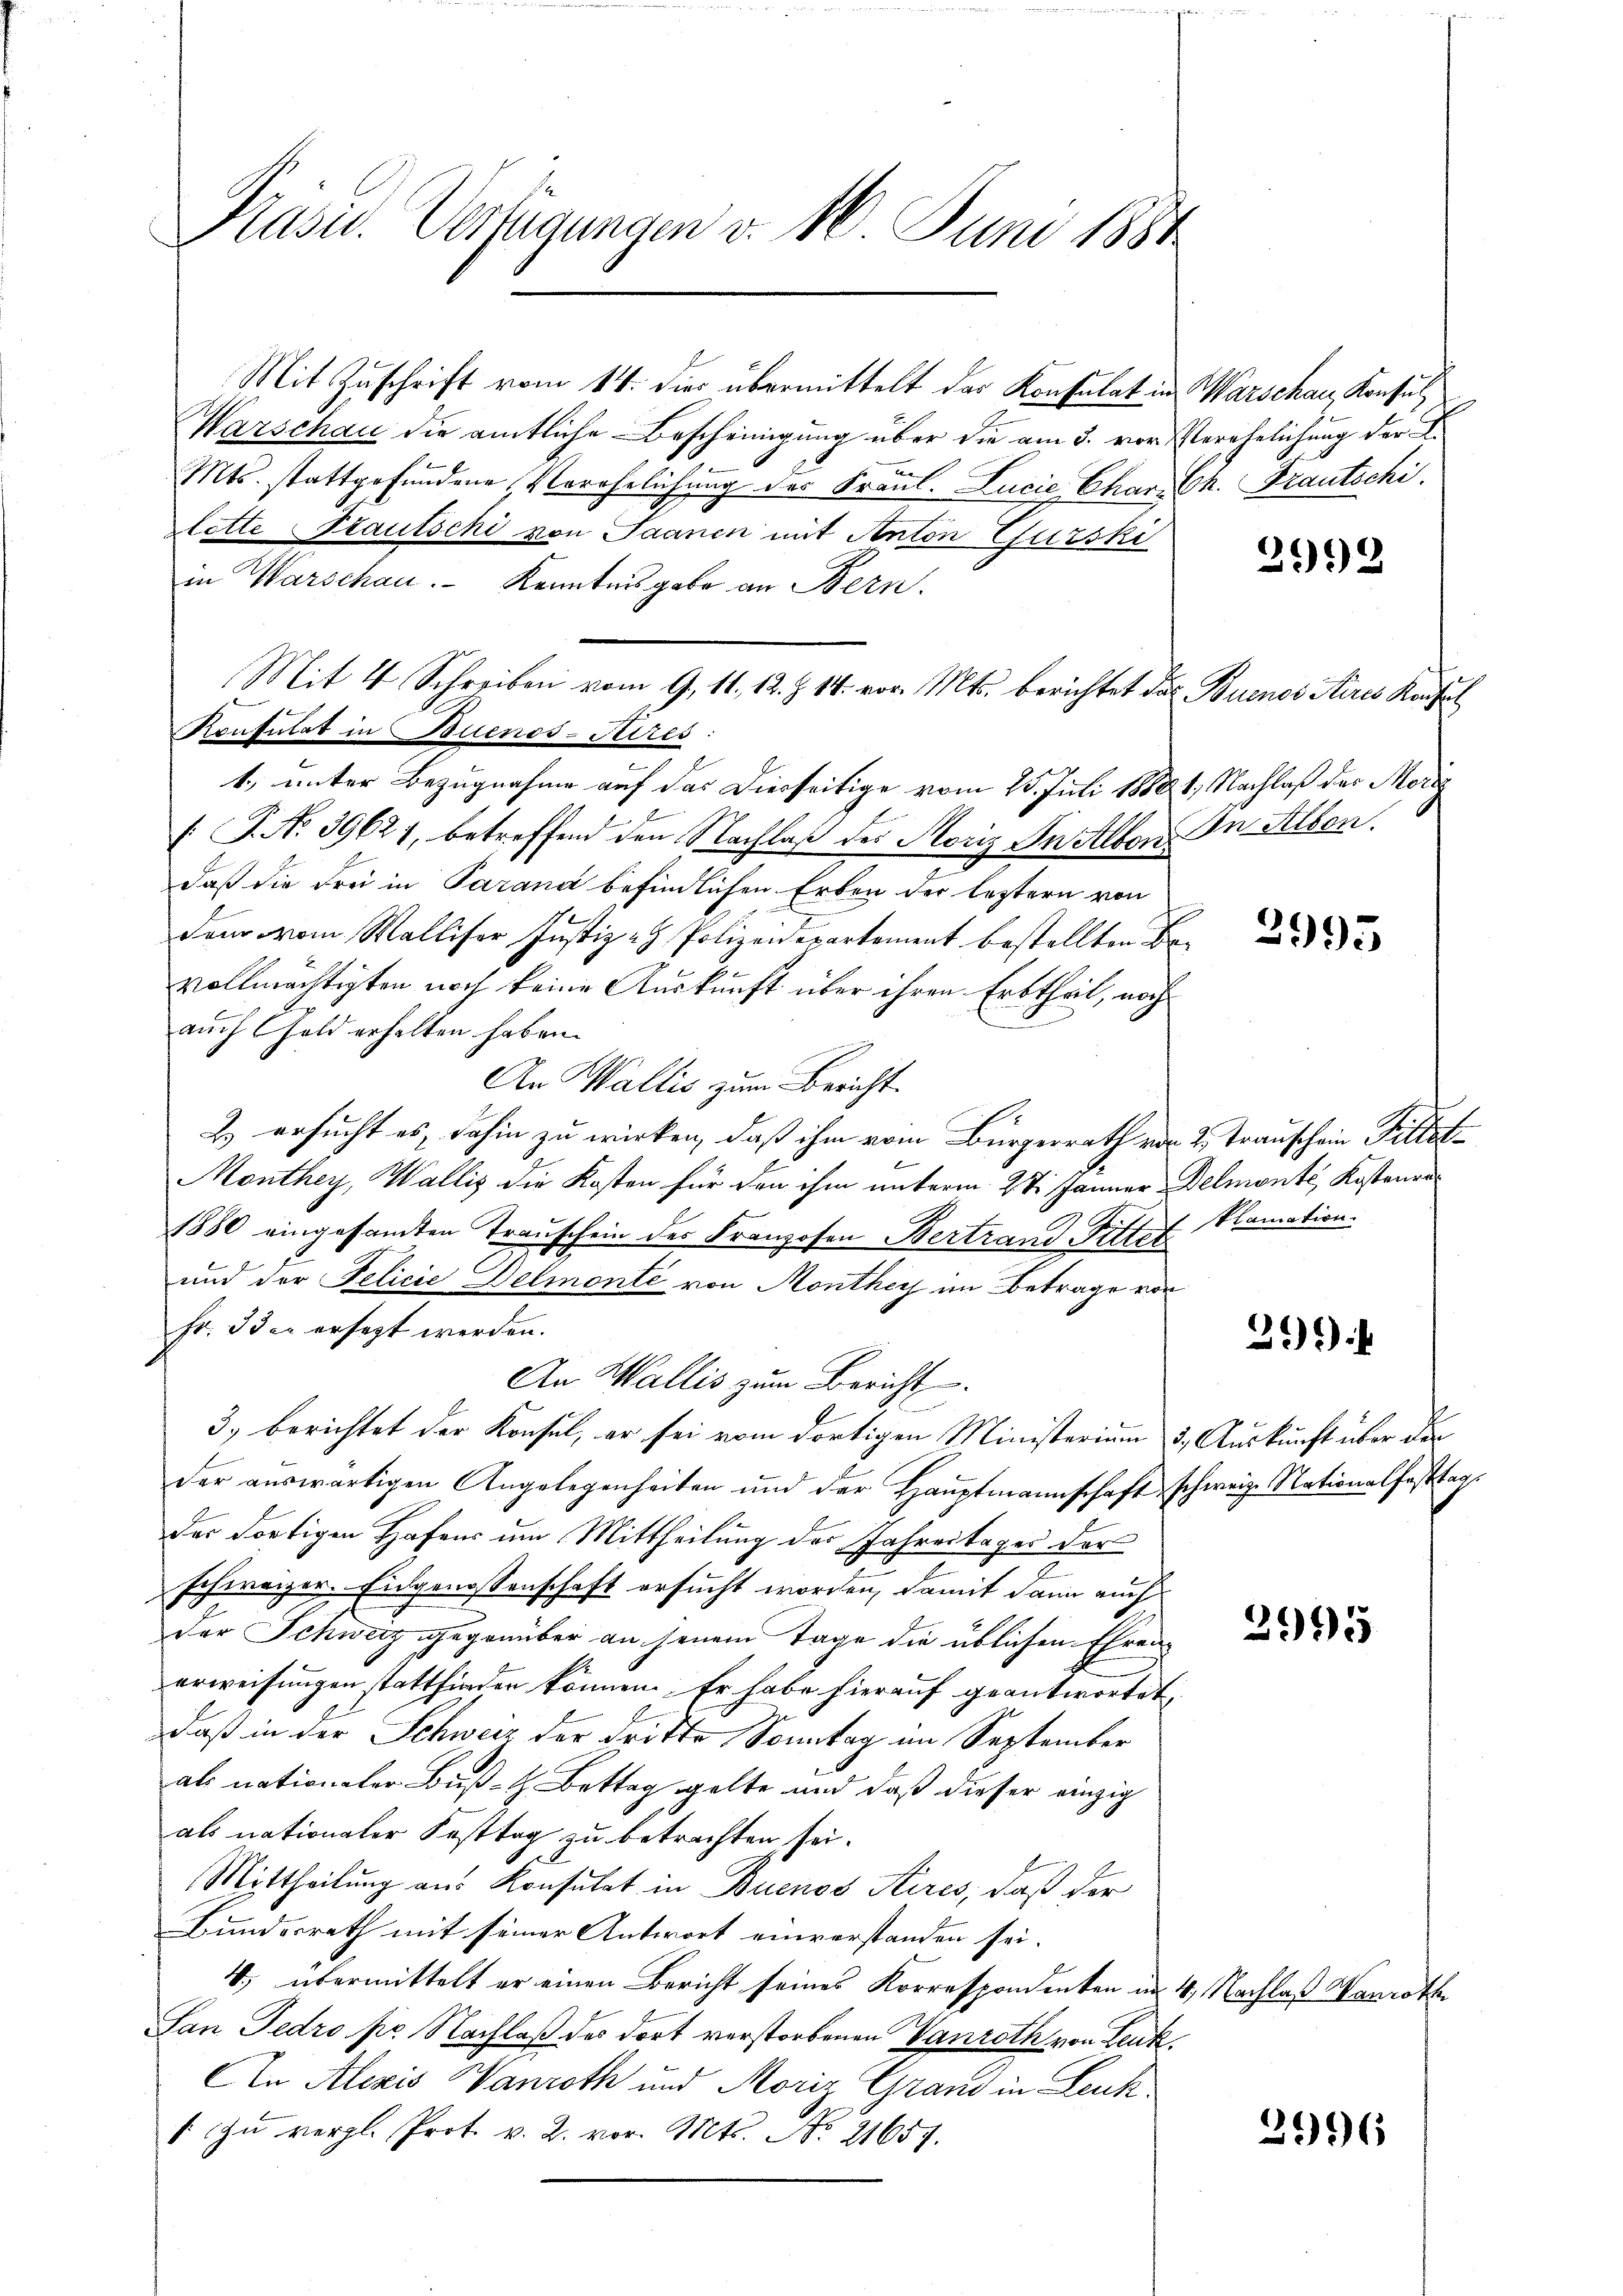
Kasu. Verfügungen v. 1. Juni 1881

Mit Zuschrift vom 14. dies übermittelt das Konsulat in
Warschau die amtliche Bescheinigung über die am 3. vor Verehelichung der L.
Mts. stattgefundene Verehelichung des Fraul. Lucie Char. Ch. Frautschi
lotte Stautschi von Saanen mit Anton Gurski
1), unter Bezugnahme auf das Dierseitige vom 25. Juli 1888 1, Nachlaß des Morig
[ P. No 39627, betreffend den Nachlaß des Moriz In Alber. In Allen.
daß die Frei in Parana befindlichen Erben der leztern von
dem vom Walliser Justiz- & Polizeidepartement bestellten Bevollmächtigten noch keine Auskunft über ihren Erbtheil, noch
auch Geld erhalten haben.
An Wallis zum Bericht.
2.) ersucht es, dahin zu wirken, daß ihm vom Bürgerrath von 2. Trauschein Pillet¬
Monthey, Wallis die Kosten für den ihm unterm 27. Jänner Delmonté Kostenre
1880 eingesamten Trauschein der Franzosen Bertrand-Pittel klamation.
und der Felicie Delmonte von Monthey im Betrage von
Fr. 33 c. ersezt werden.
An Wallis zum Bericht
3) berichtet der Konsul, er sei vom dortigen Ministerium 5. Auskunft über der
der auswärtigen Angelegenheiten und der Hauptmannschaft schweize Nationalfesttags
der dortigen Hafens um Mittheilung der Jahrestager der
schweizer. Eidgenossenschaft ersucht worden, damit dann auch
der Schweiz gegenüber an jenem Tage die üblichen Ehren
erweisungen stattfinden können. Er habe hierauf geantwortet,
daß in der Schweiz der dritte Sonntag im September
als nationaler Buß- H. Bettag gelte und daß dieser einzig
als nationaler Fasttag zu betrachten sei.
Mittheilung aus Konsulat in Buenos Aires, daß der
Bundesrath mit seiner Antwort einverstanden sei.
4. übermittelt er einen Bericht seines Korrespondenten im 4. Nachlaß Vorothe
San Fedro pr. Nachlaß des dort verstorbenen Vanroth von Leuk.
An Alezis Vanroth und Moriz Grand in Leuk.
" zŭ vergl. Prot. v. 2. vor. Mts. No. 21657.

in Warschau. - Kenntnisgabe an Bern.
Mit 4 Schreiben vom 9. 11. 12. Z. 14. vor. Mts. berichtet das Buenos Aires Kaufl
Konsulat in Buenos-Aires:

Warschau, Konsul

2992

3995

39

2995

2996